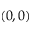
\left( 0 , 0 \right)